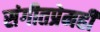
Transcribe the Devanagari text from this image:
संगीतप्रेमही